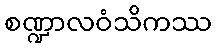
စဏ္ဍာလဝံသိကဿ